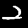
Label: 2